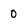
Character: 0